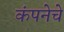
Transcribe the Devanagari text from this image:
कंपनेचे